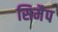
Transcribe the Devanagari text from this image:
सिमैप